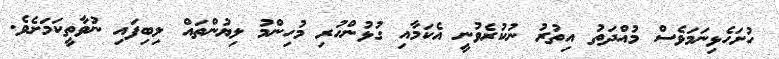
ހުށަހެޅިނަމަވެސް މުއްދަތު އިތުރު ނުކުރެވުނީ އެކަމާއި ގުޅުންހުރި މުހިންމު ލިޔުންތައް ލިބިފައި ނުވާތީކަމަށެވެ.